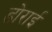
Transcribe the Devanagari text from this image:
डोराई